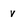
Character: v